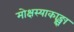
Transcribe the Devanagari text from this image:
मोक्षस्याकाङ्क्षा